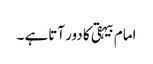
امام بیہقی کا دور آتاہے ۔